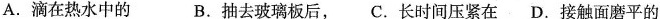
A.滴在热水中的 B.抽去玻璃板后，C.长时间压紧在 D.接触面磨平的